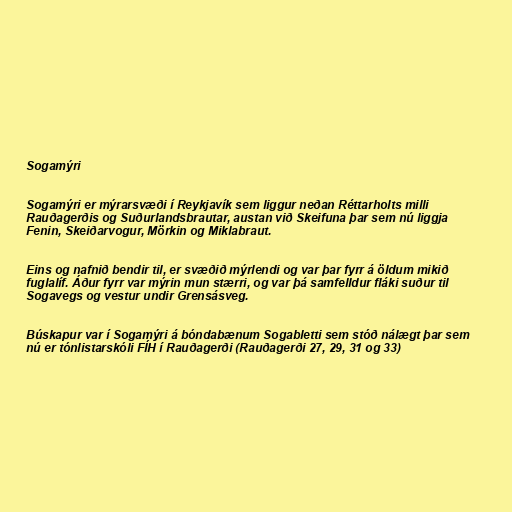
Sogamýri

Sogamýri er mýrarsvæði í Reykjavík sem liggur neðan Réttarholts milli
Rauðagerðis og Suðurlandsbrautar, austan við Skeifuna þar sem nú liggja
Fenin, Skeiðarvogur, Mörkin og Miklabraut.

Eins og nafnið bendir til, er svæðið mýrlendi og var þar fyrr á öldum mikið
fuglalíf. Áður fyrr var mýrin mun stærri, og var þá samfelldur fláki suður til
Sogavegs og vestur undir Grensásveg.

Búskapur var í Sogamýri á bóndabænum Sogabletti sem stóð nálægt þar sem
nú er tónlistarskóli FÍH í Rauðagerði (Rauðagerði 27, 29, 31 og 33)